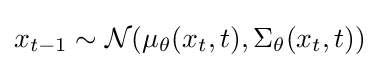
x_{t-1}\sim {\mathcal {N}}(\mu _{\theta }(x_{t},t),\Sigma _{\theta }(x_{t},t))